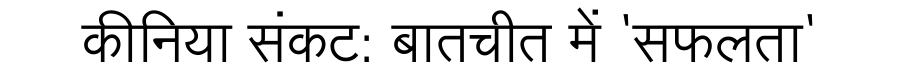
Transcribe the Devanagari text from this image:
कीनिया संकट: बातचीत में 'सफलता'